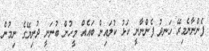
ފެންނާނެމިރޭ ހަނދު ފެންނާނީ ކަޅު ކުލައިން ބައެއް މީހުން ބުނަނީ ދުނިޔޭގެ ނިމުން